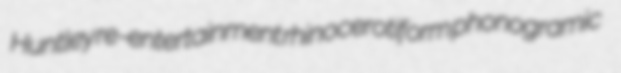
Huntley re-entertainment rhinocerotiform phonogramic